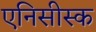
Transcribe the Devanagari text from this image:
एनिसीस्क